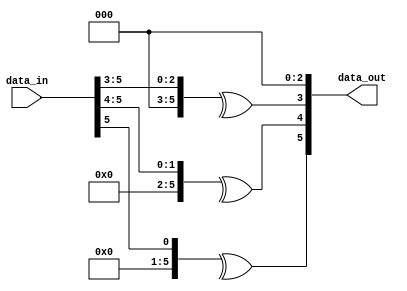
// This program was cloned from: https://github.com/chipsalliance/aib-phy-hardware
// License: Apache License 2.0

// SPDX-License-Identifier: Apache-2.0
// Copyright (C) 2019 Intel Corporation. 
//------------------------------------------------------------------------
//
// Revision:    $Revision: #1 $
//------------------------------------------------------------------------
//-----------------------------------------------------------------------------
// Description : Gray to binary conversion when binary count is expected to increment by 8
//-----------------------------------------------------------------------------

module cdclib_graytobin_inc8
   #(
      parameter WIDTH           = 6 // Data width 
    )
   (
   // Inputs
   input  wire [WIDTH-1:0]  data_in,       // data in
   // Outputs
   output wire  [WIDTH-1:0]  data_out       // data out
   );


   genvar                      i;
   
   assign data_out[2:0] = 3'b000;
   generate
      for (i = 3; i <= WIDTH-1; i = i+1) begin: GREY_TO_BIN
        assign data_out[i] = ^(data_in >> i);            
         
      end // block: GRAY_TO_BIN
   endgenerate


endmodule